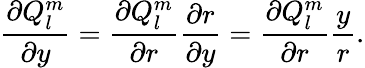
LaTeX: \frac{\partial Q_{l}^{m}}{\partial y}=\frac{\partial Q_{l}^{m}}{\partial r}\frac{\partial r}{\partial y}=\frac{\partial Q_{l}^{m}}{\partial r}\frac{y}{r}.